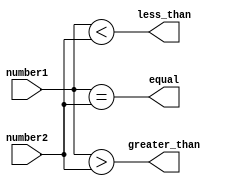
module serial_comparator (
    input [7:0] number1,
    input [7:0] number2,
    output equal,
    output less_than,
    output greater_than
);

assign equal = (number1 == number2);
assign less_than = (number1 < number2);
assign greater_than = (number1 > number2);

endmodule